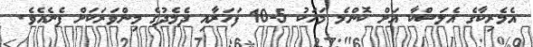
އެމެރިކާގެ އެލަސްކާ އަށް ކޮންމެ މަހަކު 5-10 ފަހަރާއި ދެމެދުގެ މިންވަރަކަށް ފެނެއެވެ.